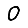
Digit: 0